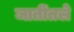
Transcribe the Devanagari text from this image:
जातींतले